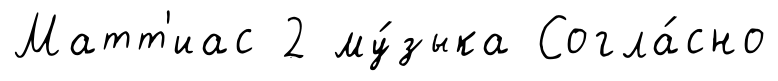
Матт'иас 2 му́зыка Согла́сно